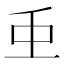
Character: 𮓱